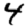
Digit: 4